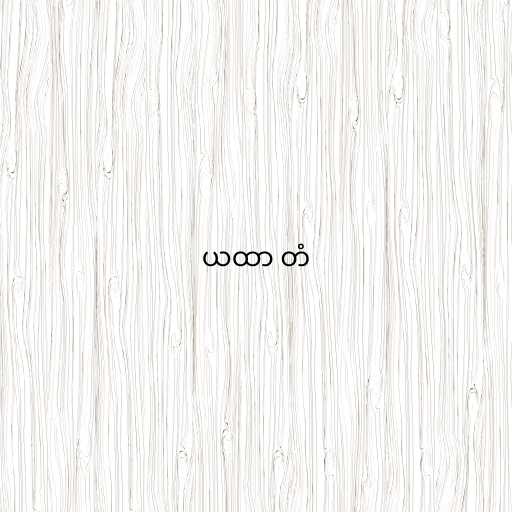
ယထာ တံ